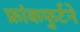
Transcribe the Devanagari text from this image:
फ्रांकफुर्टने